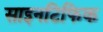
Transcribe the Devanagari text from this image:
साइनटिफिक